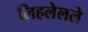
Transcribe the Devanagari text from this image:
लिहलेलले